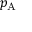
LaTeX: p _ { \mathrm { { A } } }